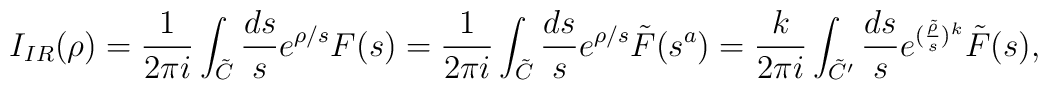
I_{IR}(\rho)=\frac{1}{2\pi i}\int_{\tilde{C}}\frac{ds}{s}e^{\rho/s}F(s)=\frac{1}{2\pi i}\int_{\tilde{C}}\frac{ds}{s}e^{\rho/s}\tilde{F}(s^a)=\frac{k}{2\pi i}\int_{\tilde{C}'}\frac{ds}{s}e^{(\frac{\tilde{\rho}}{s})^k}\tilde{F}(s),